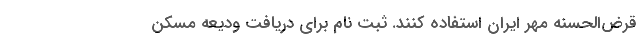
قرض‌الحسنه مهر ایران استفاده کنند. ثبت نام برای دریافت ودیعه مسکن